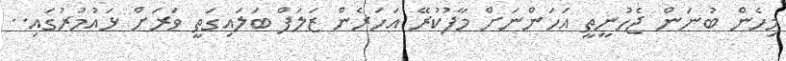
މިހެން ބުނަން ޖެހުނީތީ އަހަންނަށް މާފުކުރޭ އަހަރެން ޒަލަފް ބަލައިގަތީ ވަރަށް ޅައުމުރުގައި..